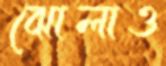
ঝোলাও